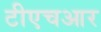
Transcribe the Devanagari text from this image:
टीएचआर